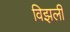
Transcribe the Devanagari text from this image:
विझली